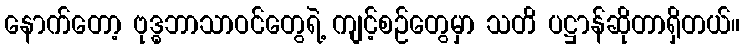
နောက်တော့ ဗုဒ္ဓဘာသာဝင်တွေရဲ့ ကျင့်စဉ်တွေမှာ သတိ ပဋ္ဌာန်ဆိုတာရှိတယ်။